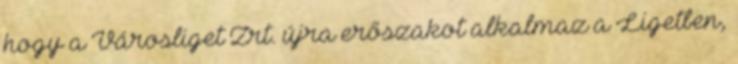
hogy a Városliget Zrt. újra erőszakot alkalmaz a Ligetben,